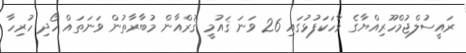
ރައީސުލްޖުމްހޫރިއްޔާގެ ވާހަކަފުޅުގައި 26 ވަނަ ޤައުމީ ޤުރްއާން މުބާރާތުން ވަނަތައް ހޯދި ހުރިހާ